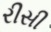
રીસી